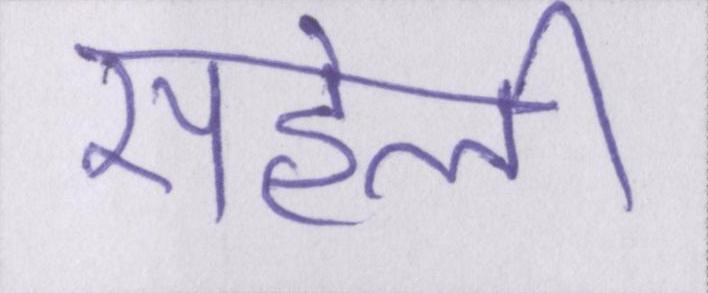
सहेली